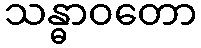
သန္ဓာဝတော